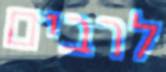
לרבים